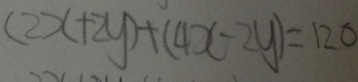
( 2 x + 2 y ) + ( 4 x - 2 y ) = 1 2 0